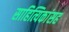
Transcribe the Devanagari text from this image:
साहित्यिकांसह